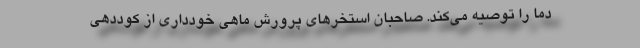
دما را توصیه می‌کند. صاحبان استخرهای پرورش ماهی خودداری از کوددهی